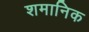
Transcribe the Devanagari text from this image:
शमानिक